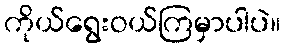
ကိုယ်ရွေးဝယ်ကြမှာပါပဲ။